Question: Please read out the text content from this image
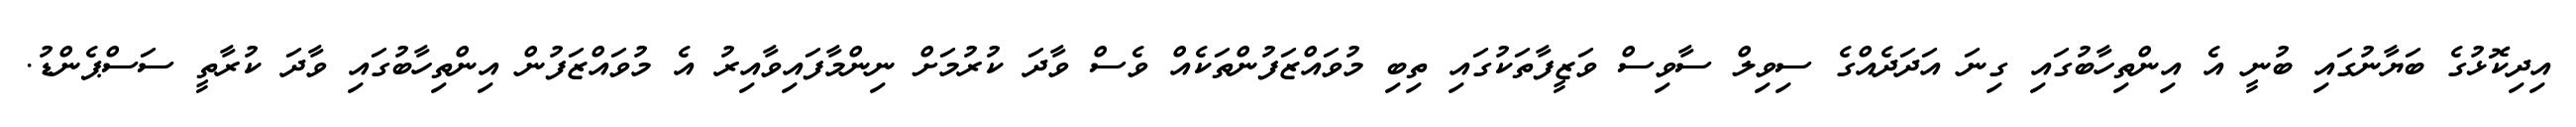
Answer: އިދިކޮޅުގެ ބަޔާނުގައި ބުނީ އެ އިންތިހާބުގައި ގިނަ އަދަދެއްގެ ސިވިލް ސާވިސް ވަޒީފާތަކުގައި ތިބި މުވައްޒަފުންތަކެއް ވެސް ވާދަ ކުރުމަށް ނިންމާފައިވާއިރު އެ މުވައްޒަފުން އިންތިހާބުގައި ވާދަ ކުރާތީ ސަސްޕެންޑު.